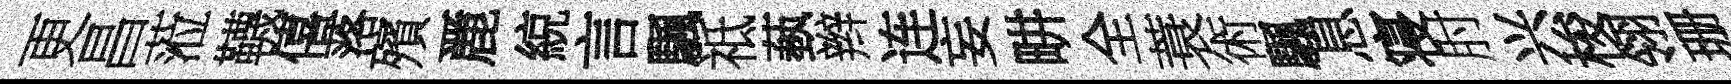
更昌蒞韈僖落殯䴡綂言颿祗蓺辫连妄畊全蓑術颿息寝肘兴梭翎珊